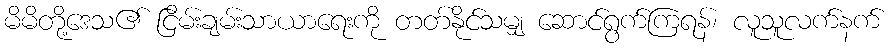
မိမိတို့ဒေသ၏ ငြိမ်းချမ်းသာယာရေးကို တတ်နိုင်သမျှ ဆောင်ရွက်ကြရန်၊ လူသူလက်နက်